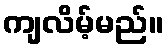
ကျလိမ့်မည်။